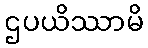
ဌပယိဿာမိ